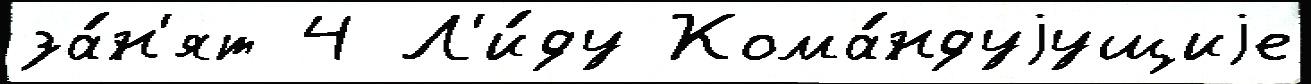
за́н'ят 4 Л'и́ду Кома́ндуjущиjе